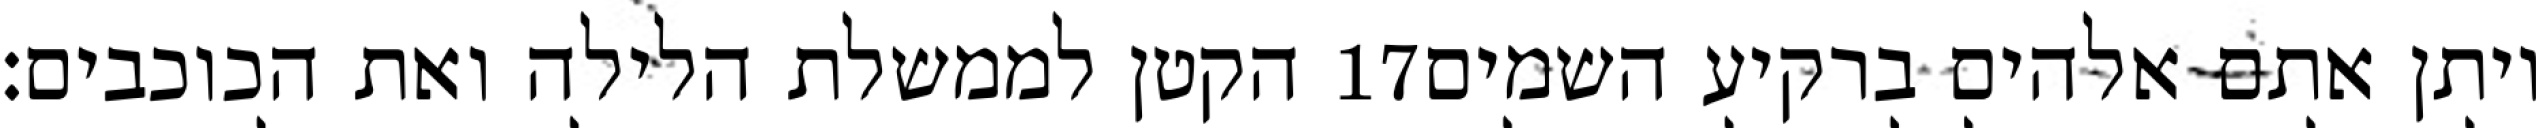
הקטן לממשלת הלילה ואת הכוכבים׃ ‎17‏ ויתן אתם אלהים ברקיע השמים